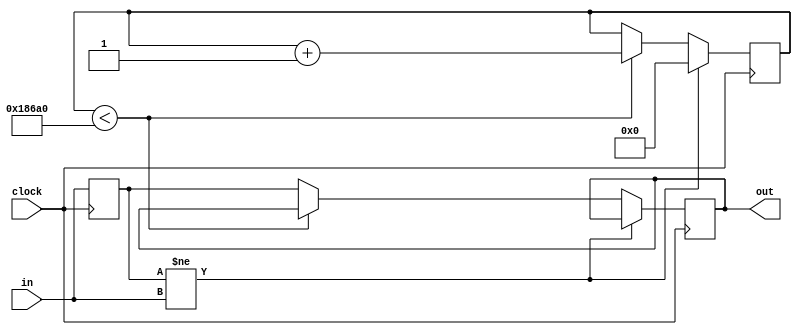
module anti_jitter(
	input clock,
   input [WIDTH - 1:0] in,
   output reg [WIDTH - 1:0] out
   );

	parameter WIDTH = 1;
	parameter HOLD = 100000;

	reg [31:0] counter = 0;
	reg [WIDTH - 1:0] last_seen = 0;

	always @(posedge clock) begin
		if (last_seen != in) begin
			counter <= 0;
		end else if (counter < HOLD) begin
			counter <= counter + 1;
		end else begin
			out <= last_seen;
		end
		last_seen <= in;
	end

endmodule